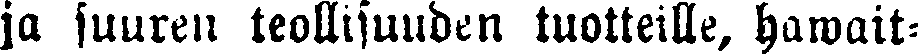
ja suuren teollisuuden tuotteille, hawait-